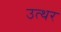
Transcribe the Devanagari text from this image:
उत्थर